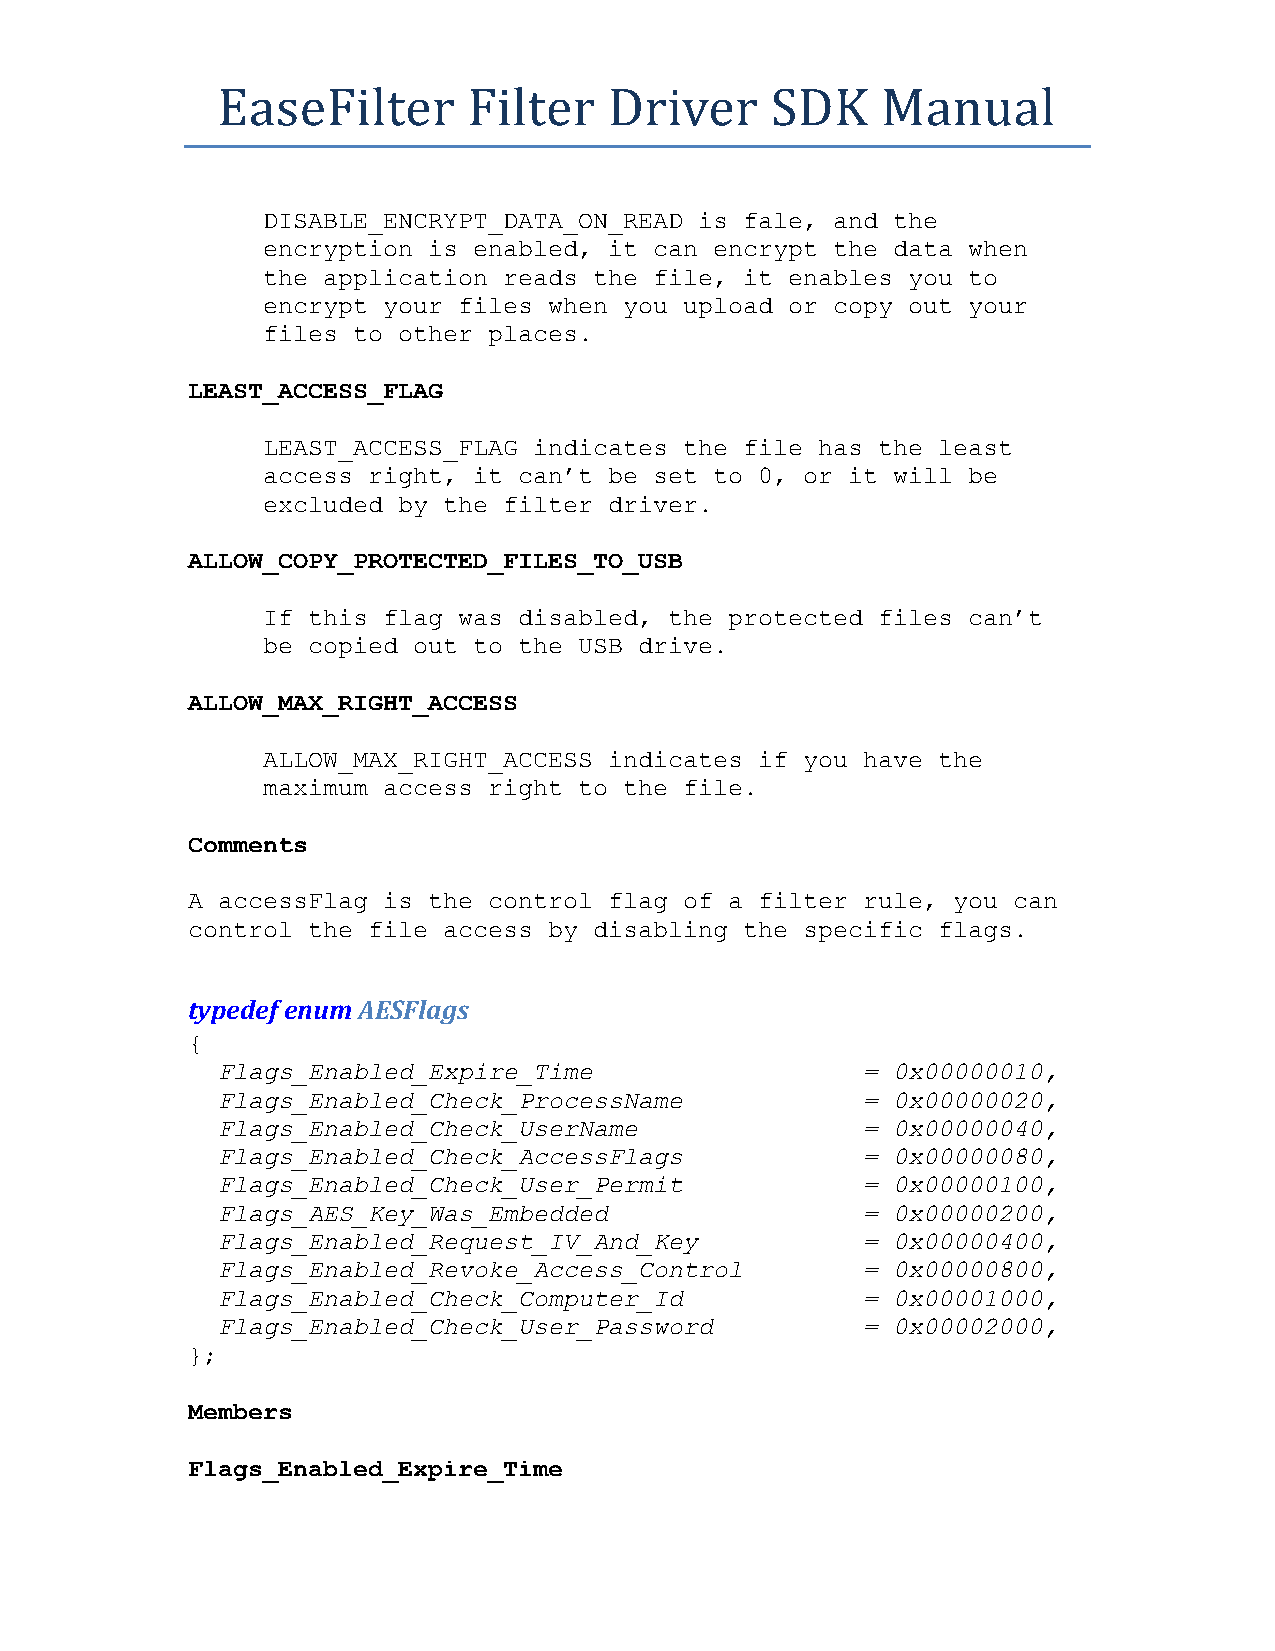
EaseFilter       Filter   Driver     SDK    Manual
 DISABLE_ENCRYPT_DATA_ON_READ is fale, and the
 encryption is enabled, it can encrypt the data when
 the application reads the file, it enables you to
 encrypt your files when you upload or copy out your
 files to other places.
 LEAST_ACCESS_FLAG
 LEAST_ACCESS_FLAG indicates the file has the least
 access right, it can’t be set to 0, or it will be
 excluded by the filter driver.
 ALLOW_COPY_PROTECTED_FILES_TO_USB
 If this flag was disabled, the protected files can’t
 be copied out to the USB drive.
 ALLOW_MAX_RIGHT_ACCESS
 ALLOW_MAX_RIGHT_ACCESS indicates if you have the
 maximum access right to the file.
 Comments
 A accessFlag is the control flag of a filter rule, you can
 control the file access by disabling the specific flags.
 typedef enum AESFlags
 {
 Flags_Enabled_Expire_Time                  = 0x00000010,
 Flags_Enabled_Check_ProcessName            = 0x00000020,
 Flags_Enabled_Check_UserName               = 0x00000040,
 Flags_Enabled_Check_AccessFlags            = 0x00000080,
 Flags_Enabled_Check_User_Permit            = 0x00000100,
 Flags_AES_Key_Was_Embedded                 = 0x00000200,
 Flags_Enabled_Request_IV_And_Key           = 0x00000400,
 Flags_Enabled_Revoke_Access_Control        = 0x00000800,
 Flags_Enabled_Check_Computer_Id            = 0x00001000,
 Flags_Enabled_Check_User_Password          = 0x00002000,
 };
 Members
 Flags_Enabled_Expire_Time